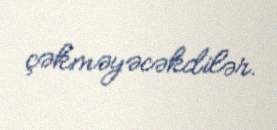
çəkməyəcəkdilər.